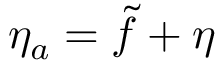
\eta _ { a } = \tilde { f } + \eta